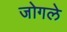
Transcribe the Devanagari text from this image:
जोगले